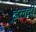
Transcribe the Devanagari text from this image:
ढलदी